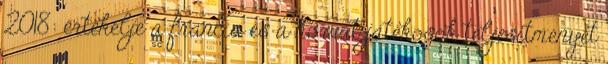
2018: értékelje a francia és a horvát játékosok teljesítményét